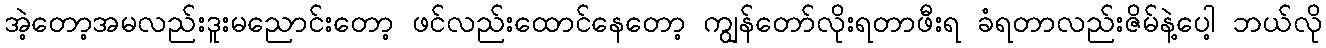
အဲ့တော့အမလည်းဒူးမညောင်းတော့ ဖင်လည်းထောင်နေတော့ ကျွန်တော်လိုးရတာဖီးရ ခံရတာလည်းဇိမ်နဲ့ပေါ့ ဘယ်လို